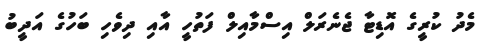
މެދު ކުރީގެ އޮޑިޓާ ޖެނެރަލް އިސްމާއިލް ފަތުހީ އާއި ދިވެހި ބަހުގެ އަދީބު